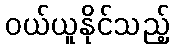
ဝယ်ယူနိုင်သည့်